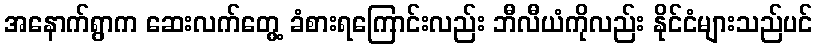
အနောက်ရွာက ဆေးလက်တွေ့ ခံစားရကြောင်းလည်း ဘီလီယံကိုလည်း နိုင်ငံများသည်ပင်